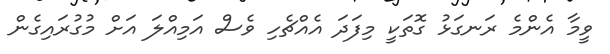
ވީމާ އެންމެ ރަނގަޅު ގޮތަކީ މިފަދަ އެއްޗެހި ވެސް އަމިއްލަ އަށް މުގުރައިގެން